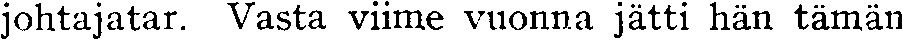
johtajatar. Vasta viime vuonna jätti hän tämän